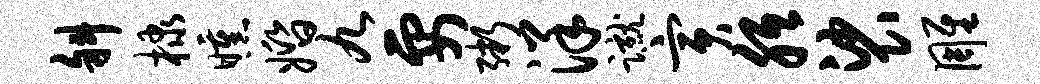
斜棣曛婚九要粥洋蹴寅胝裟雕